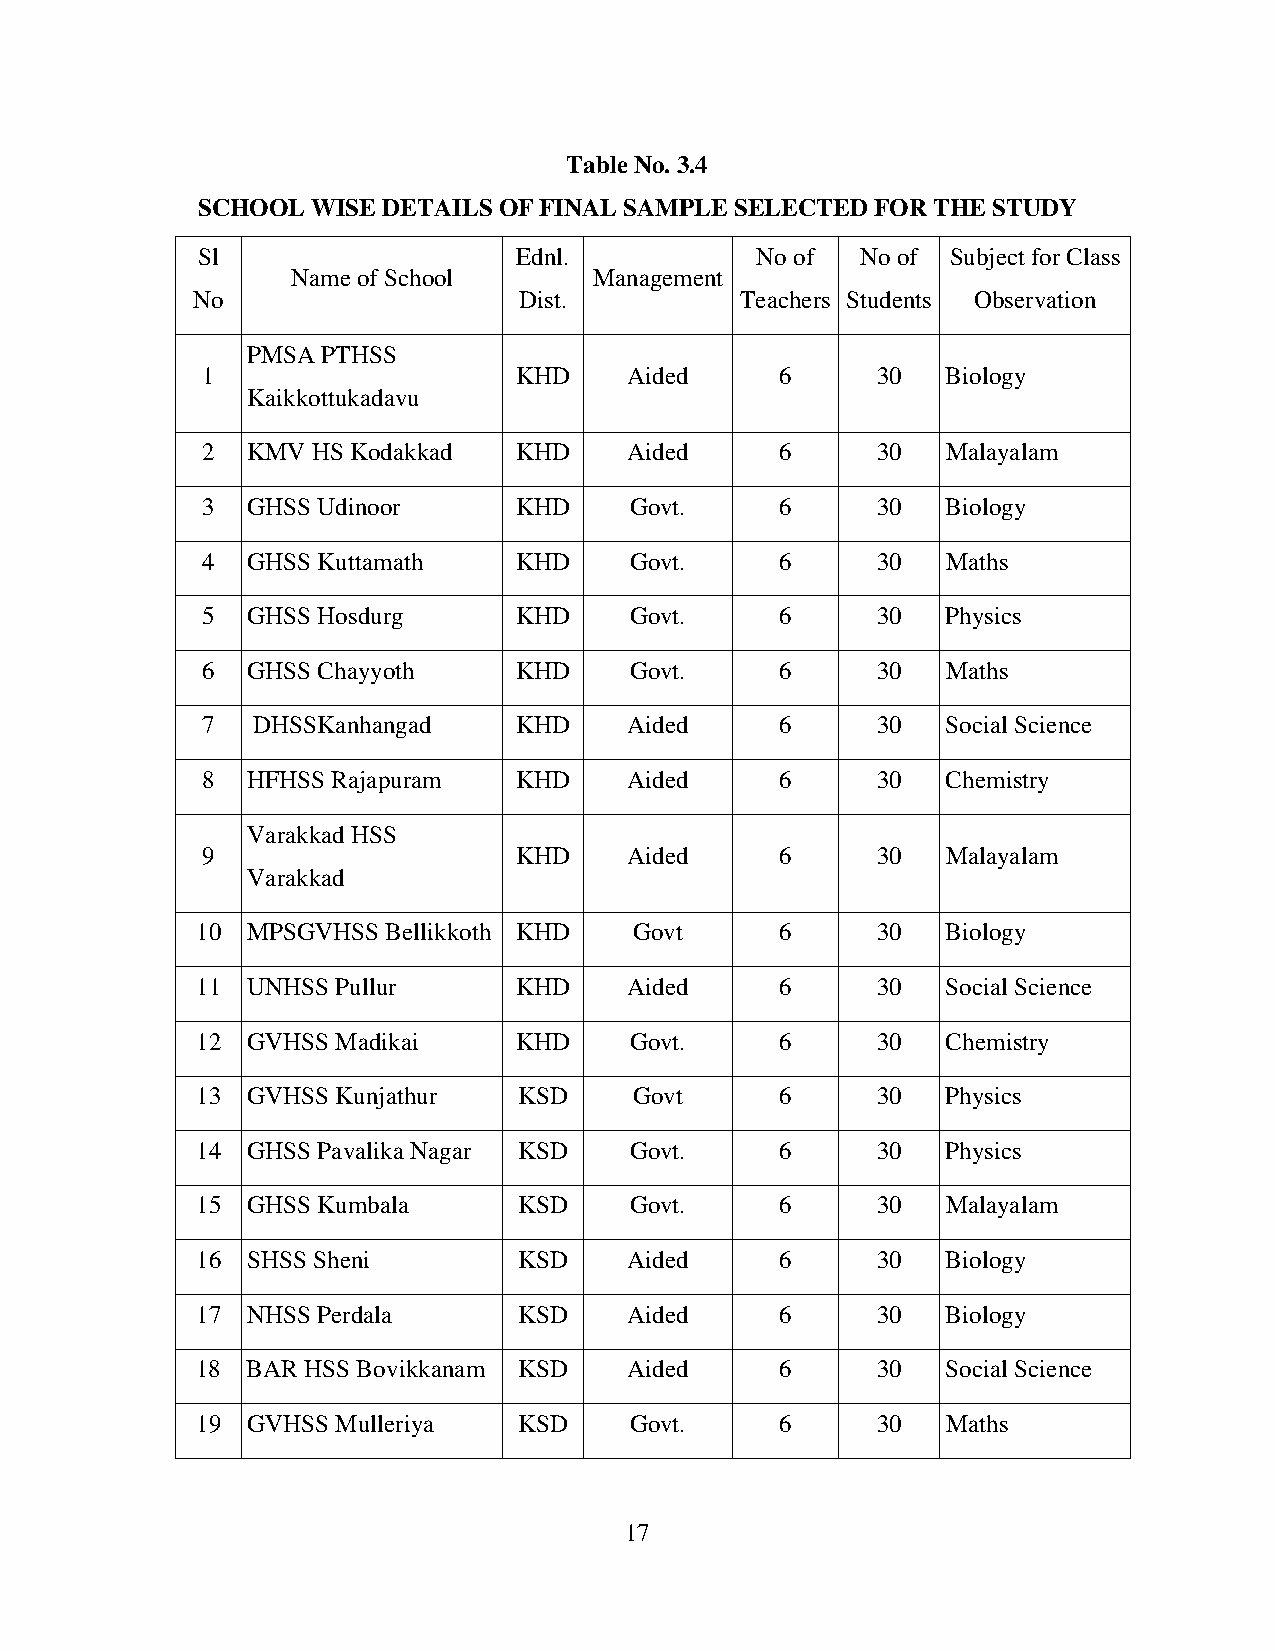
Table No. 3.4
 SCHOOL  WISE DETAILS OF FINAL SAMPLE SELECTED FOR THE STUDY
 Sl                   Ednl.           No of  No of Subject for Class
 Name of School      Management
 No                   Dist.          Teachers Students Observation
 PMSA PTHSS
 1                    KHD     Aided     6     30   Biology
 Kaikkottukadavu
 2  KMV  HS Kodakkad  KHD     Aided     6     30   Malayalam
 3  GHSS Udinoor      KHD     Govt.     6     30   Biology
 4  GHSS Kuttamath    KHD     Govt.     6     30   Maths
 5  GHSS Hosdurg      KHD     Govt.     6     30   Physics
 6  GHSS Chayyoth     KHD     Govt.     6     30   Maths
 7   DHSSKanhangad    KHD     Aided     6     30   Social Science
 8  HFHSS Rajapuram   KHD     Aided     6     30   Chemistry
 Varakkad HSS
 9                    KHD     Aided     6     30   Malayalam
 Varakkad
 10 MPSGVHSS  Bellikkoth KHD  Govt      6     30   Biology
 11 UNHSS Pullur      KHD     Aided     6     30   Social Science
 12 GVHSS Madikai     KHD     Govt.     6     30   Chemistry
 13 GVHSS Kunjathur   KSD     Govt      6     30   Physics
 14 GHSS Pavalika Nagar KSD   Govt.     6     30   Physics
 15 GHSS Kumbala      KSD     Govt.     6     30   Malayalam
 16 SHSS Sheni        KSD     Aided     6     30   Biology
 17 NHSS Perdala      KSD     Aided     6     30   Biology
 18 BAR HSS Bovikkanam KSD    Aided     6     30   Social Science
 19 GVHSS Mulleriya   KSD     Govt.     6     30   Maths
 17